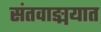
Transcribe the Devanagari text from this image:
संतवाङ्मयात